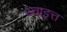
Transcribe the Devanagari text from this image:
थ्वाइत्त